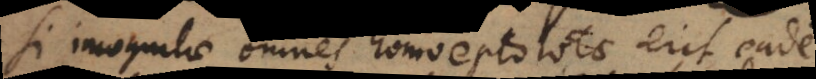
Si incognitae omnes homoeoptotae erit eadem